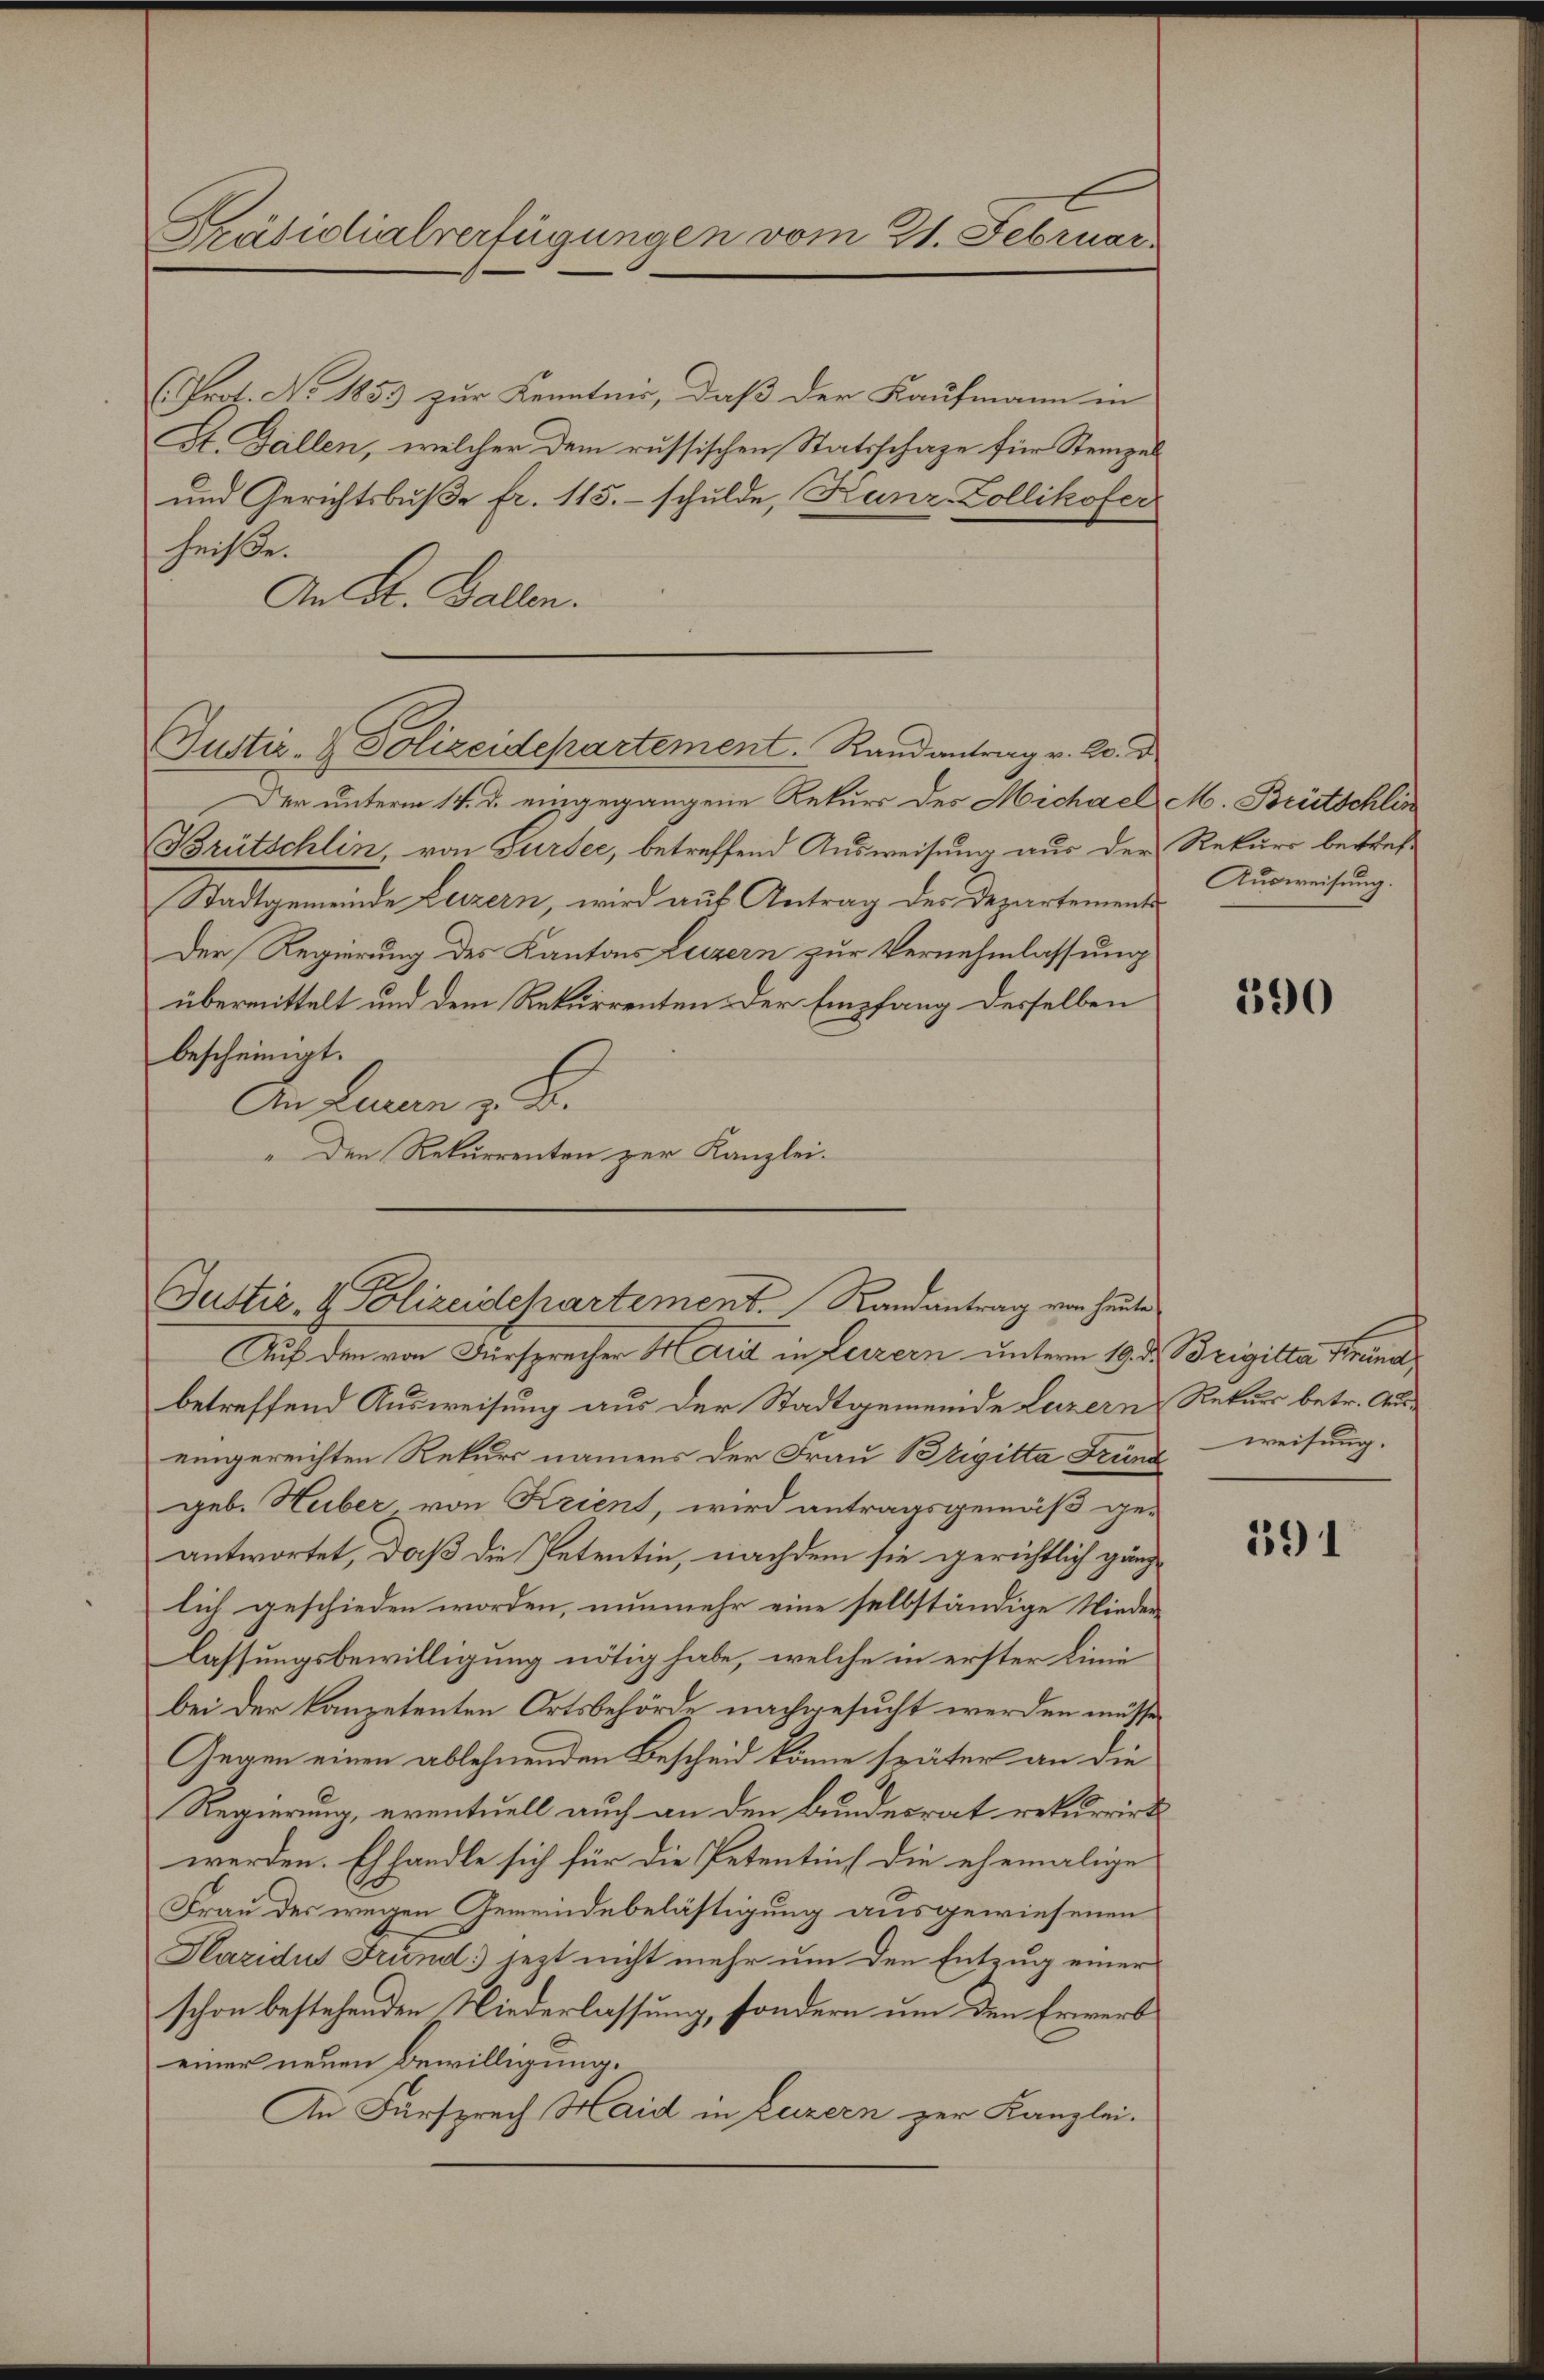
Präsidialverfügungen vom 21. Februars

Prot. No. 1853 zur Kenntnis, daß der Kaufmann in
St. Gallen, welcher dem russischen Statsschafe für Stempel
und Gerichtsbuße fr. 115. schulde, Kunz Zollikofer
heiße.
An A. Gallen.
Der unterm 14. d. eingegangene Rekurs des Michael M. Brütschlin
Brütschlin, von Sursee, betreffend Ausweisung aus der Rekurs betref¬
Stadtgemeinde Luzern, wird aus Antrag der Departement
Der Regierung des Kantons Luzern zur Vernehmlassung
übermittelt und dem Rekurrenten der Empfang desselben
bescheinigt.
An Luren z. B.
" Den Rekurrenten zur Kanzlei-
Auf den von Fürsprecher Hardt in Luzern unterm 19. des Brigitta Steina
betreffend Ausweisung aus der Stadtgemeinde Luzern Rekurs betr. Auseingereichten Rekurs namens der Frau Brigitta Franz weisung.
geb. Huber von Krient, wird antragsgemäß ge-
antwortet, daß die Petentin, nachdem sie gerichtlich gänz
lich geschieden worden, nunmehr eine selbständige Niederlassungsbewilligung nötig habe, welche in erster Linie
bei der kanzetenten Ortsbehörde nachgesucht werden müsse.
Gegen einen ablehnenden Bescheid könne später an die
Regierung, eventuell auch an den Bundesrat rekurrirt
werden. Ehhandle sich für die Petentin die ehemalige
Frau der wegen Gemeindebelästigung ausgewiesenen
Plazidus Frund jezt nicht mehr um den Entzug einer
schon bestehenden Niederlassung, sondern um den Erwerb
einer neuen Bewilligung.
An Fürsprech Haid in Luzern zur Kanzlei.

Justiz- & Polizeidepartement. Randantrag v. 20. d

Justiz & Polizeidchartement. Randantrag von heute

Ausweisung.

390

391